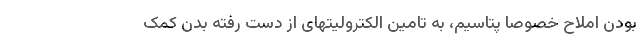
بودن املاح خصوصا پتاسیم، به تامین الکترولیتهای از دست رفته بدن کمک